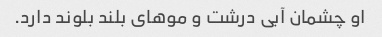
او چشمان آبی درشت و موهای بلند بلوند دارد.